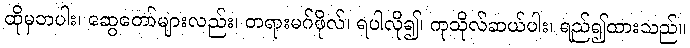
ထိုမှတပါး၊ ဆွေတော်များလည်း၊ တရားမဂ်ဖိုလ်၊ ရပါလို၍၊ ကုသိုလ်ဆယ်ပါး၊ ရည်၍ထားသည်။